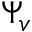
\Psi _ { v }